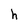
Character: h